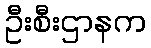
ဦးစီးဌာနက